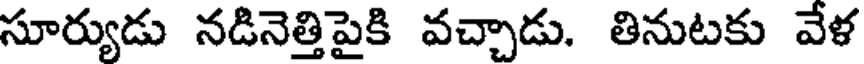
సూర్యుడు నడినెత్తిపైకి వచ్చాడు. తినుటకు వేళ